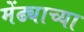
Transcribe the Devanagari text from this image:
मेंढ्याच्या